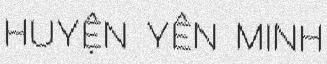
HUYỆN YÊN MINH